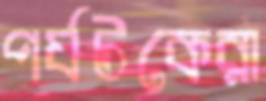
পর্যটকেরা